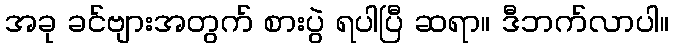
အခု ခင်ဗျားအတွက် စားပွဲ ရပါပြီ ဆရာ။ ဒီဘက်လာပါ။